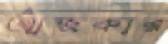
আজকার